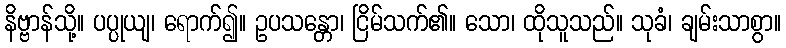
နိဗ္ဗာန်သို့။ ပပ္ပုယျ၊ ရောက်၍။ ဥပသန္တော၊ ငြိမ်သက်၏။ သော၊ ထိုသူသည်။ သုခံ၊ ချမ်းသာစွာ။